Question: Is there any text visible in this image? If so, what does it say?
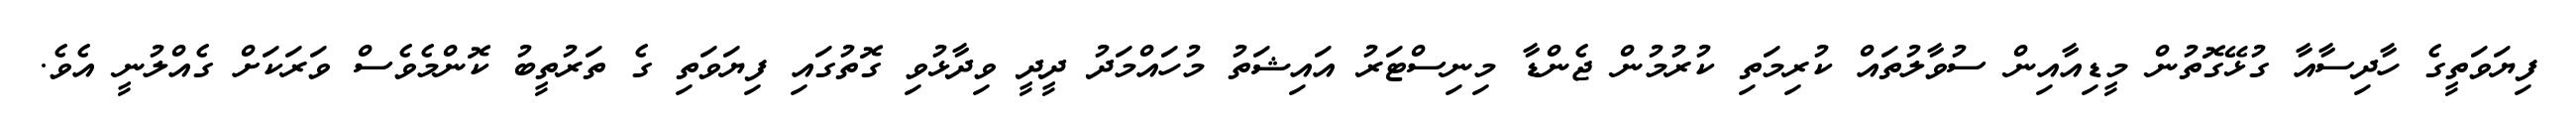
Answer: ފިޔަވަތީގެ ހާދިސާއާ ގުޅޭގޮތުން މީޑިއާއިން ސުވާލުތައް ކުރިމަތި ކުރުމުން ޖެންޑާ މިނިސްޓަރު އައިޝަތު މުހައްމަދު ދީދީ ވިދާޅުވި ގޮތުގައި ފިޔަވަތި ގެ ތަރުތީބު ކޮންމެވެސް ވަރަކަށް ގެއްލުނީ އެވެ.